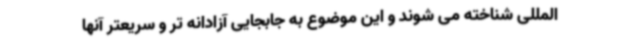
المللی شناخته می شوند و این موضوع به جابجایی آزادانه تر و سریعتر آنها